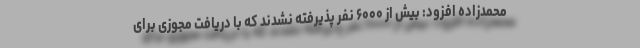
محمدزاده افزود: بیش از ۶۰۰۰ نفر پذیرفته نشدند که با دریافت مجوزی برای